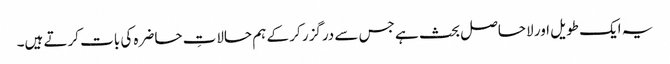
یہ ایک طویل اور لاحاصل بحث ہے جس سے درگزر کر کے ہم حالاتِ حاضرہ کی بات کرتے ہیں۔